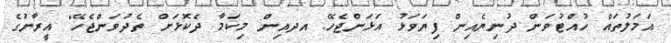
އަމަލުތައް ހުއްޓުވަން ދުނިޔެއިން ފިޔަވަޅު އަޅަންޖެހޭ. އދއިން މިކަމާ ދެކޮޅަށް ތެދުވަންޖެހޭ" އީރާނުގެ